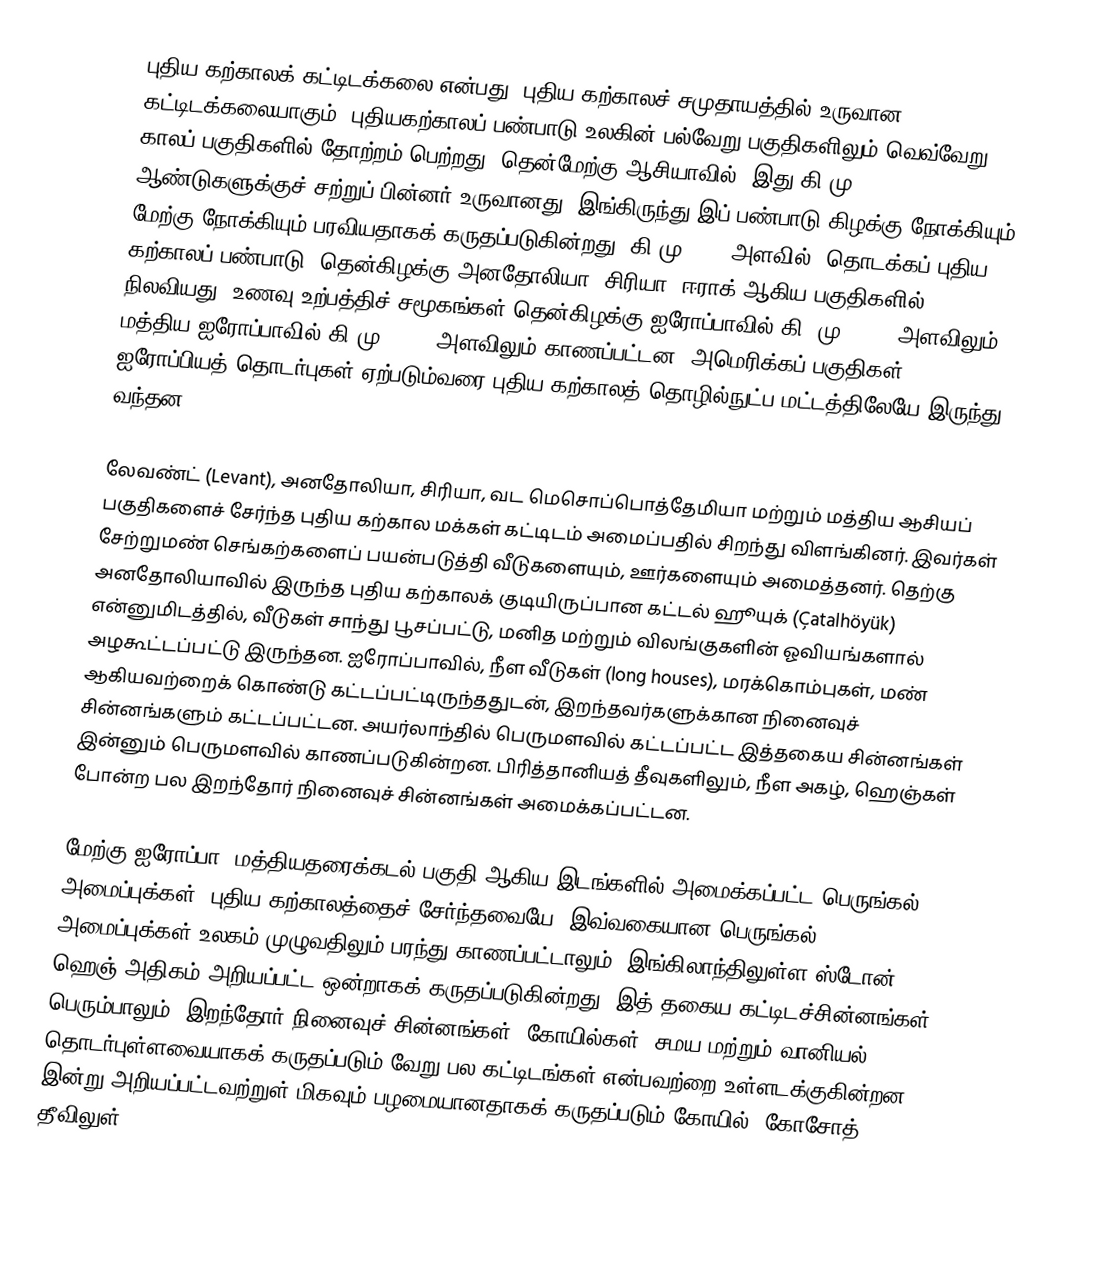
புதிய கற்காலக் கட்டிடக்கலை என்பது, புதிய கற்காலச் சமுதாயத்தில் உருவான கட்டிடக்கலையாகும். புதியகற்காலப் பண்பாடு உலகின் பல்வேறு பகுதிகளிலும் வெவ்வேறு காலப் பகுதிகளில் தோற்றம் பெற்றது. தென்மேற்கு ஆசியாவில், இது கி.மு 10,000 ஆண்டுகளுக்குச் சற்றுப் பின்னர் உருவானது. இங்கிருந்து இப் பண்பாடு கிழக்கு நோக்கியும், மேற்கு நோக்கியும் பரவியதாகக் கருதப்படுகின்றது. கி.மு 8000 அளவில், தொடக்கப் புதிய கற்காலப் பண்பாடு, தென்கிழக்கு அனதோலியா, சிரியா, ஈராக் ஆகிய பகுதிகளில் நிலவியது. உணவு உற்பத்திச் சமூகங்கள் தென்கிழக்கு ஐரோப்பாவில் கி. மு. 7000 அளவிலும், மத்திய ஐரோப்பாவில் கி.மு. 5500 அளவிலும் காணப்பட்டன. அமெரிக்கப் பகுதிகள், ஐரோப்பியத் தொடர்புகள் ஏற்படும்வரை புதிய கற்காலத் தொழில்நுட்ப மட்டத்திலேயே இருந்து வந்தன.

லேவண்ட் (Levant), அனதோலியா, சிரியா, வட மெசொப்பொத்தேமியா மற்றும் மத்திய ஆசியப் பகுதிகளைச் சேர்ந்த புதிய கற்கால மக்கள் கட்டிடம் அமைப்பதில் சிறந்து விளங்கினர். இவர்கள் சேற்றுமண் செங்கற்களைப் பயன்படுத்தி வீடுகளையும், ஊர்களையும் அமைத்தனர். தெற்கு அனதோலியாவில் இருந்த புதிய கற்காலக் குடியிருப்பான கட்டல் ஹூயுக் (Çatalhöyük) என்னுமிடத்தில், வீடுகள் சாந்து பூசப்பட்டு, மனித மற்றும் விலங்குகளின் ஓவியங்களால் அழகூட்டப்பட்டு இருந்தன. ஐரோப்பாவில், நீள வீடுகள் (long houses), மரக்கொம்புகள், மண் ஆகியவற்றைக் கொண்டு கட்டப்பட்டிருந்ததுடன், இறந்தவர்களுக்கான நினைவுச் சின்னங்களும் கட்டப்பட்டன. அயர்லாந்தில் பெருமளவில் கட்டப்பட்ட இத்தகைய சின்னங்கள் இன்னும் பெருமளவில் காணப்படுகின்றன. பிரித்தானியத் தீவுகளிலும், நீள அகழ், ஹெஞ்கள் போன்ற பல இறந்தோர் நினைவுச் சின்னங்கள் அமைக்கப்பட்டன.

மேற்கு ஐரோப்பா, மத்தியதரைக்கடல் பகுதி ஆகிய இடங்களில் அமைக்கப்பட்ட பெருங்கல் அமைப்புக்கள், புதிய கற்காலத்தைச் சேர்ந்தவையே. இவ்வகையான பெருங்கல் அமைப்புக்கள் உலகம் முழுவதிலும் பரந்து காணப்பட்டாலும், இங்கிலாந்திலுள்ள ஸ்டோன் ஹெஞ் அதிகம் அறியப்பட்ட ஒன்றாகக் கருதப்படுகின்றது. இத் தகைய கட்டிடச்சின்னங்கள், பெரும்பாலும், இறந்தோர் நினைவுச் சின்னங்கள், கோயில்கள், சமய மற்றும் வானியல் தொடர்புள்ளவையாகக் கருதப்படும் வேறு பல கட்டிடங்கள் என்பவற்றை உள்ளடக்குகின்றன. இன்று அறியப்பட்டவற்றுள் மிகவும் பழமையானதாகக் கருதப்படும் கோயில், கோசோத் தீவிலுள்